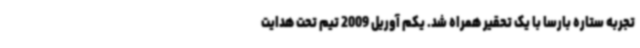
تجربه ستاره بارسا با یک تحقیر همراه شد. یکم آوریل 2009 تیم تحت هدایت